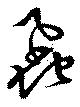
蝨